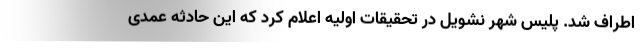
اطراف شد. پلیس شهر نشویل در تحقیقات اولیه اعلام کرد که این حادثه عمدی